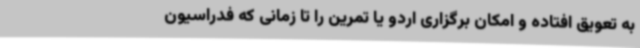
به تعویق افتاده و امکان برگزاری اردو یا تمرین را تا زمانی که فدراسیون